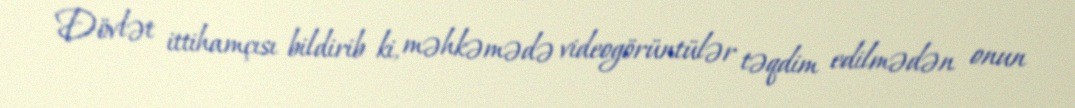
Dövlət ittihamçısı bildirib ki, məhkəmədə videogörüntülər təqdim edilmədən onun